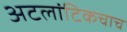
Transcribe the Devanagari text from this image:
अटलांटिकचाच